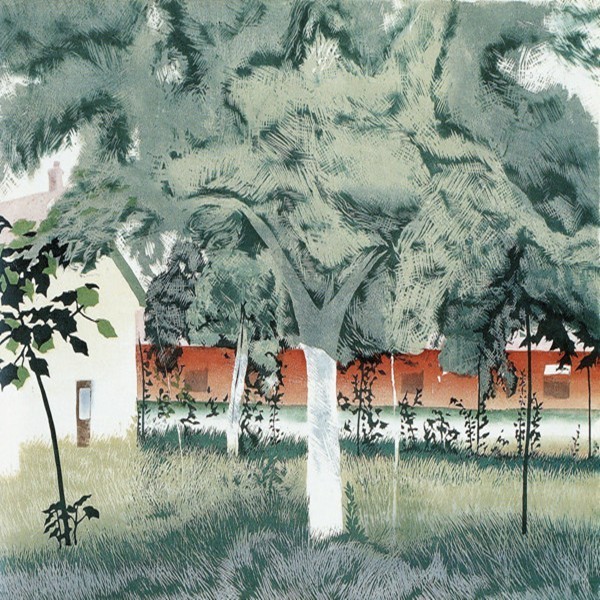
仲夏苦夜短，开轩纳微凉。